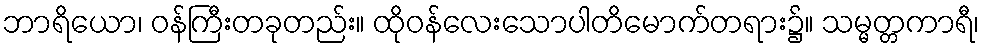
ဘာရိယော၊ ဝန်ကြီးတခုတည်း။ ထိုဝန်လေးသောပါတိမောက်တရား၌။ သမ္မတ္တကာရီ၊